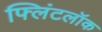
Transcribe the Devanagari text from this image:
फ्लिंटलॉक